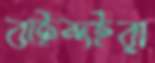
বাইন্দইরা